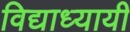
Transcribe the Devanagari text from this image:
विद्याध्यायी